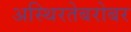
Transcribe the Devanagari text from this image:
अस्थिरतेबरोबर